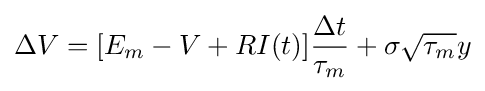
\Delta V=[E_{m}-V+RI(t)]{\frac {\Delta t}{\tau _{m}}}+\sigma {\sqrt {\tau _{m}}}y